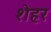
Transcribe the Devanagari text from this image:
शेह्रर